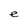
Character: e